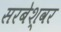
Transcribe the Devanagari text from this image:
सरबेश्‍वर